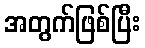
အတွက်ဖြစ်ပြီး